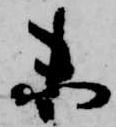
未